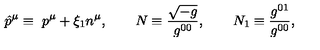
\hat { p } ^ { \mu } \equiv \ p ^ { \mu } + \xi _ { 1 } n ^ { \mu } , \qquad N \equiv \frac { \sqrt { - g } } { g ^ { 0 0 } } , \qquad N _ { 1 } \equiv \frac { g ^ { 0 1 } } { g ^ { 0 0 } } ,